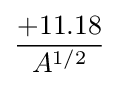
+11.18 \over A^{1/2}